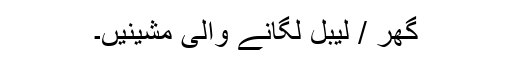
گھر / لیبل لگانے والی مشینیں۔